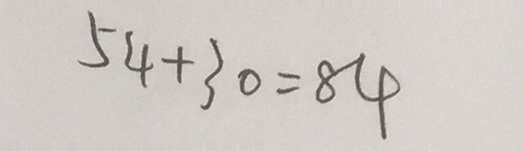
5 4 + 3 0 = 8 4